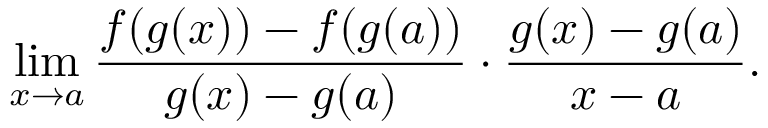
\operatorname* { l i m } _ { x \to a } { \frac { f ( g ( x ) ) - f ( g ( a ) ) } { g ( x ) - g ( a ) } } \cdot { \frac { g ( x ) - g ( a ) } { x - a } } .